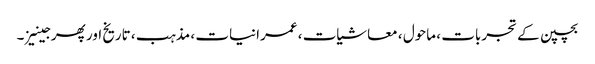
بچپن کے تجربات ، ماحول ، معاشیات ، عمرانیات ، مذہب ، تاریخ اور پھر جینیز ۔